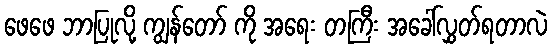
ဖေဖေ ဘာပြုလို့ ကျွန်တော် ကို အရေး တကြီး အခေါ်လွှတ်ရတာလဲ